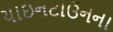
ચાઇનટાઉનના